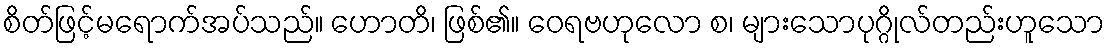
စိတ်ဖြင့်မရောက်အပ်သည်။ ဟောတိ၊ ဖြစ်၏။ ဝေရဗဟုလော စ၊ များသောပုဂ္ဂိုလ်တည်းဟူသော